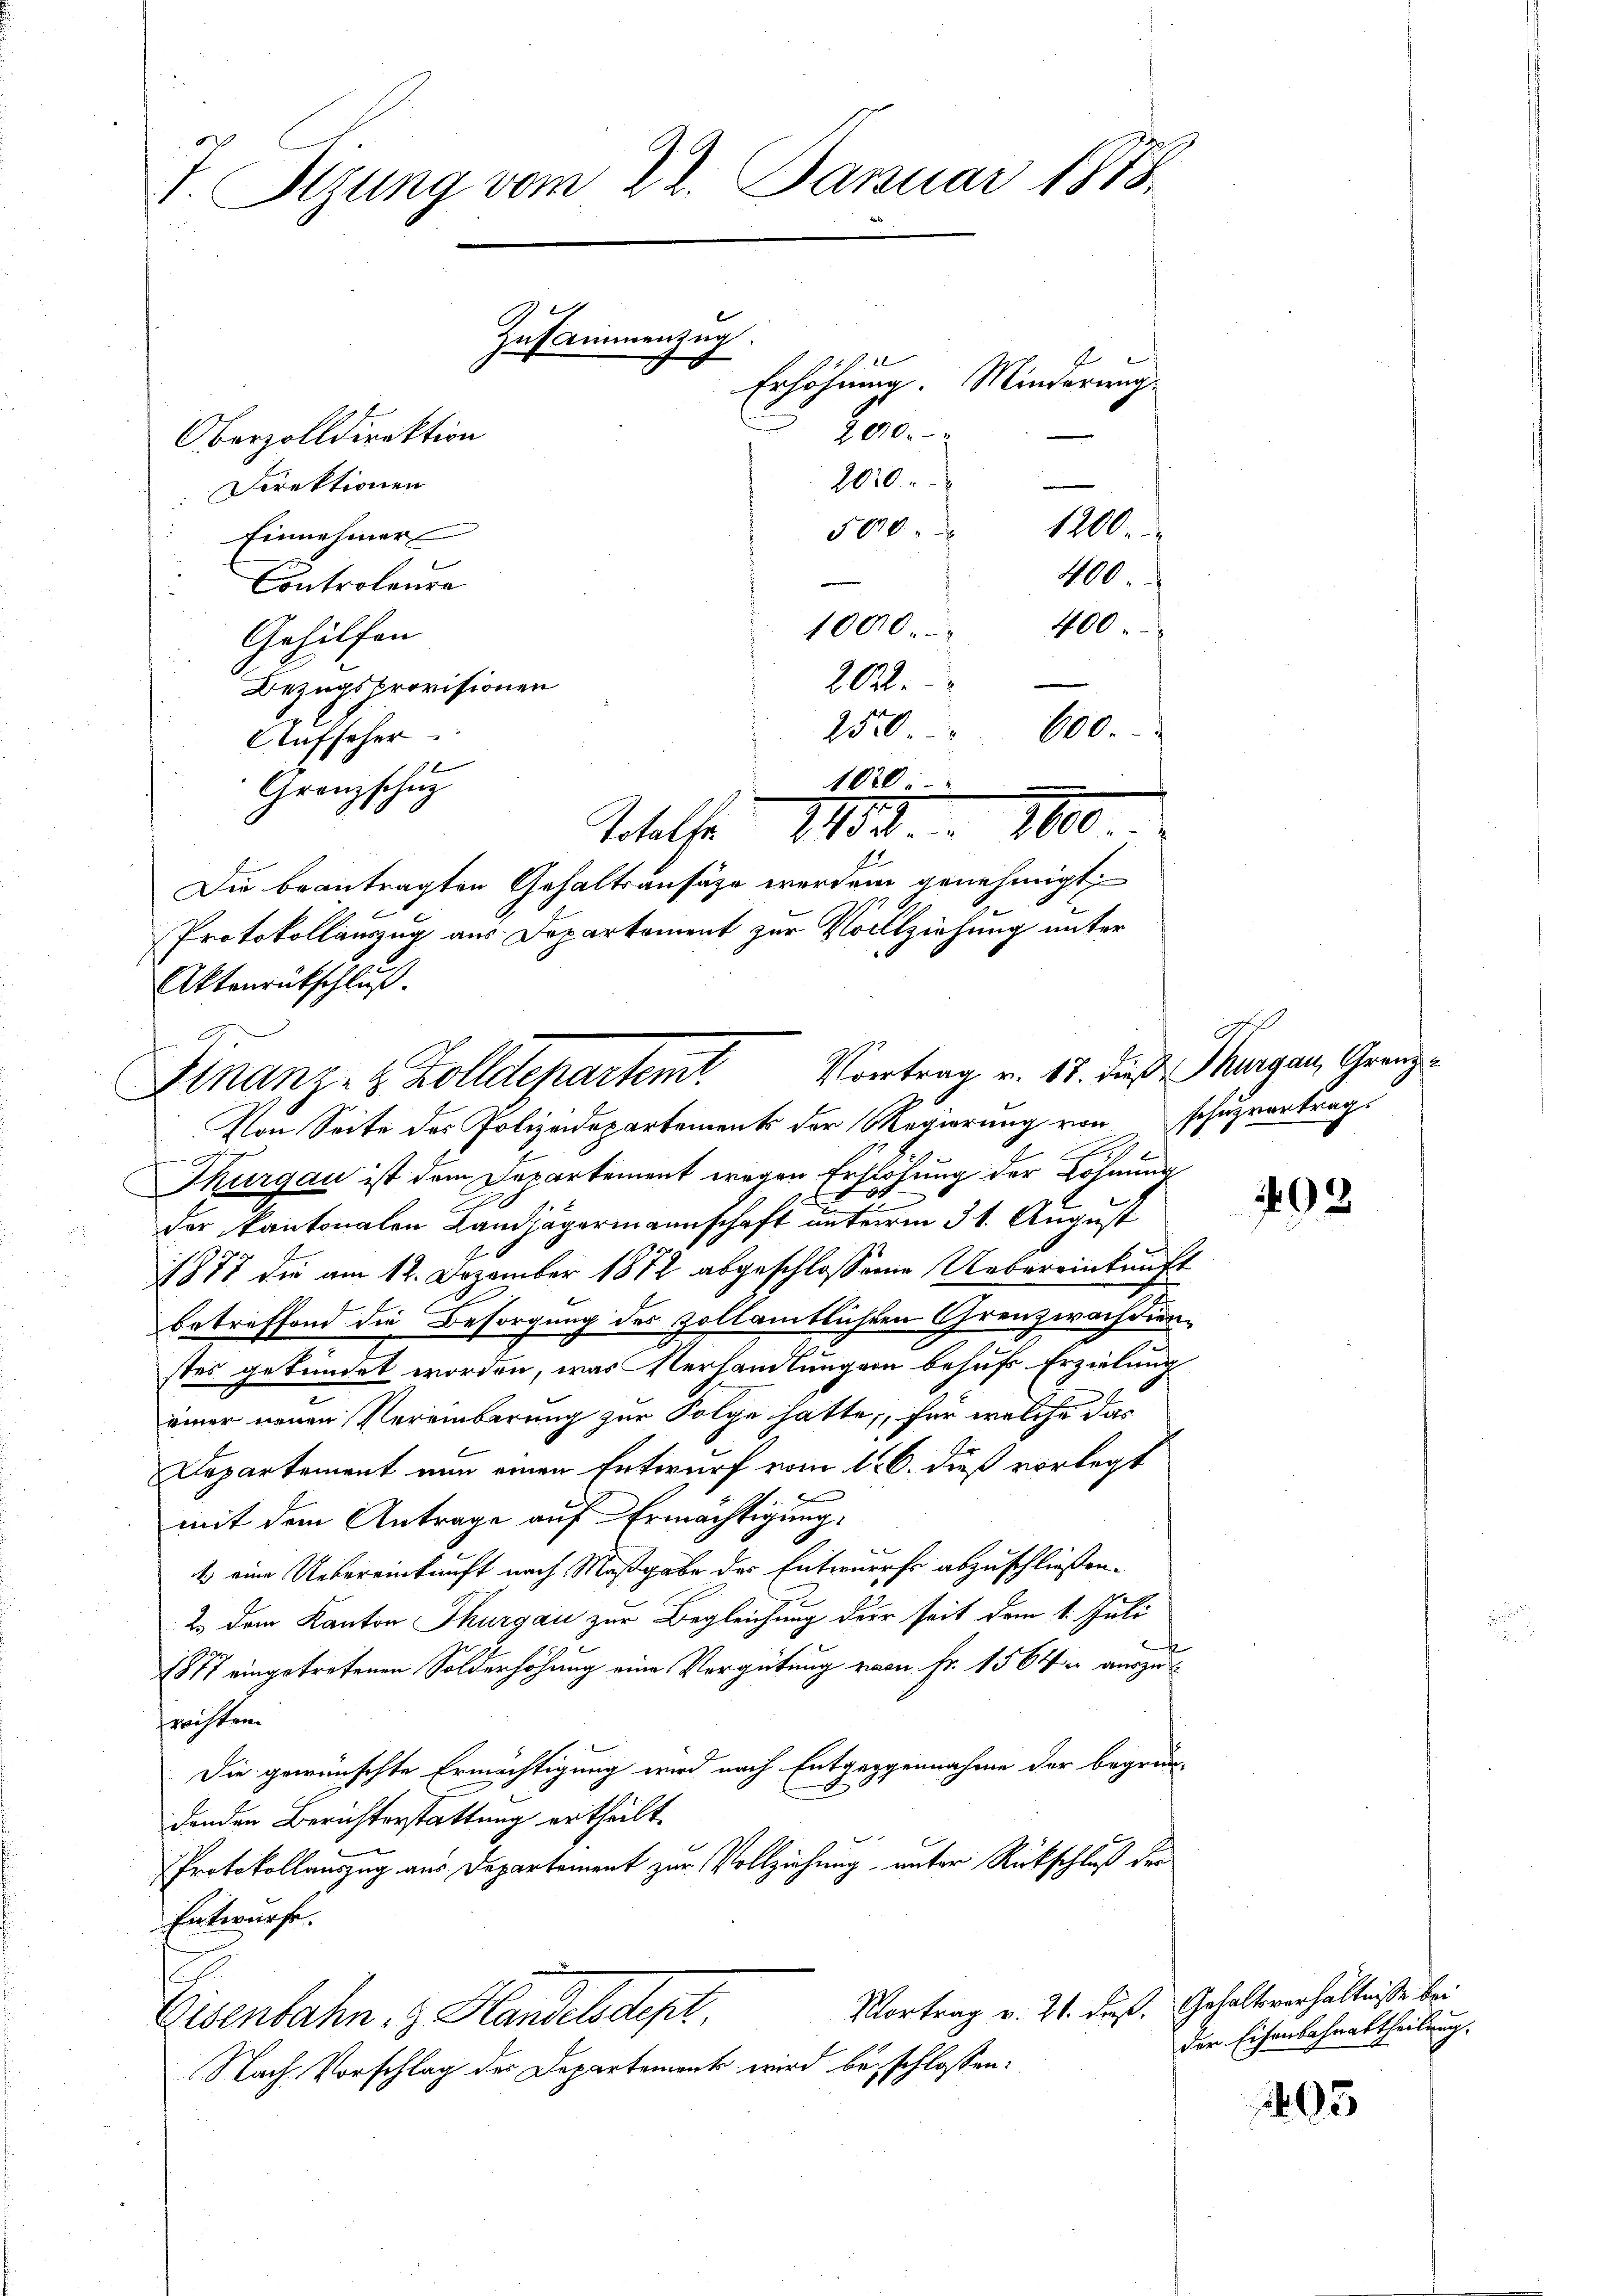
T. Sizung vom 22. Januar 1888.

10
Erhöhung. Minderungs
1010.
Direktionen
Einnehmer
Controleura
1000. " 400
Gehilfen
2022.
Bezugsprovisionen
2520 " 600.
Aufseher
1070.
Granzschuz
Welt 1882 840.
Die beantragten Gehaltsansätze werden genehmigt
Protokollauszug aus Departement zur Vollziehung unter
Aktenrütschluß.

Vortrag v. 18. dieß Thurgau, Grenz
Finanz- & Zolldepartent

Oberzolldirektion

Zusammenzug

200.

4
500. 1200.
400.

Von Seite des Polizeidepartements der Regierung von Schazvortrags
Thurgau ist dem Departement wegen Erhöhung der Löhnung
der kantonalen Landjägermannschaft unterm 31. August
1878 die am 12. Dezember 1872 abgeschlossenen Uebereinkunft
betreffend die Besorgung des Zollämtlichen Grenzwachdienstes gekündet worden, was Verhandlungen behufs Erzielung
einer neuen Vereinberung zur Folge hatte, für welche das
Departement nun einen Entwurf vom 16. dieß vorlegt
mit dem Antrage auf Ermächtigung.
4
1 eine Uebereinkunft nach Maßgabe der Entwurfe abzuschließen.
2. dem Kanton Thurgau zur Begleichung der seit dem 1. Juli
1877 eingetretenen Solderhöhung eine Vergütung von Fr. 1564 auszu¬
Fristen
Die gewünschte Ermächtigung wird nach Entgeggennahme der begründenden Berichterstattung ertheilt.
Protokollauszug aus Departement zur Vollziehung unter Rückschluß der
Entwürfe.
Vortrag v. 21. dieß. Gehaltsverhältnisse bei
Eisenbahn & Handelsdept.
Nach Vorschlag des Departement wird beschlossen:

G

498

der Eisenbahnabtheilung.

1405